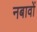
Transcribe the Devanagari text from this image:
नबावों